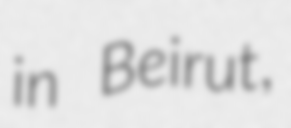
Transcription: in Beirut,